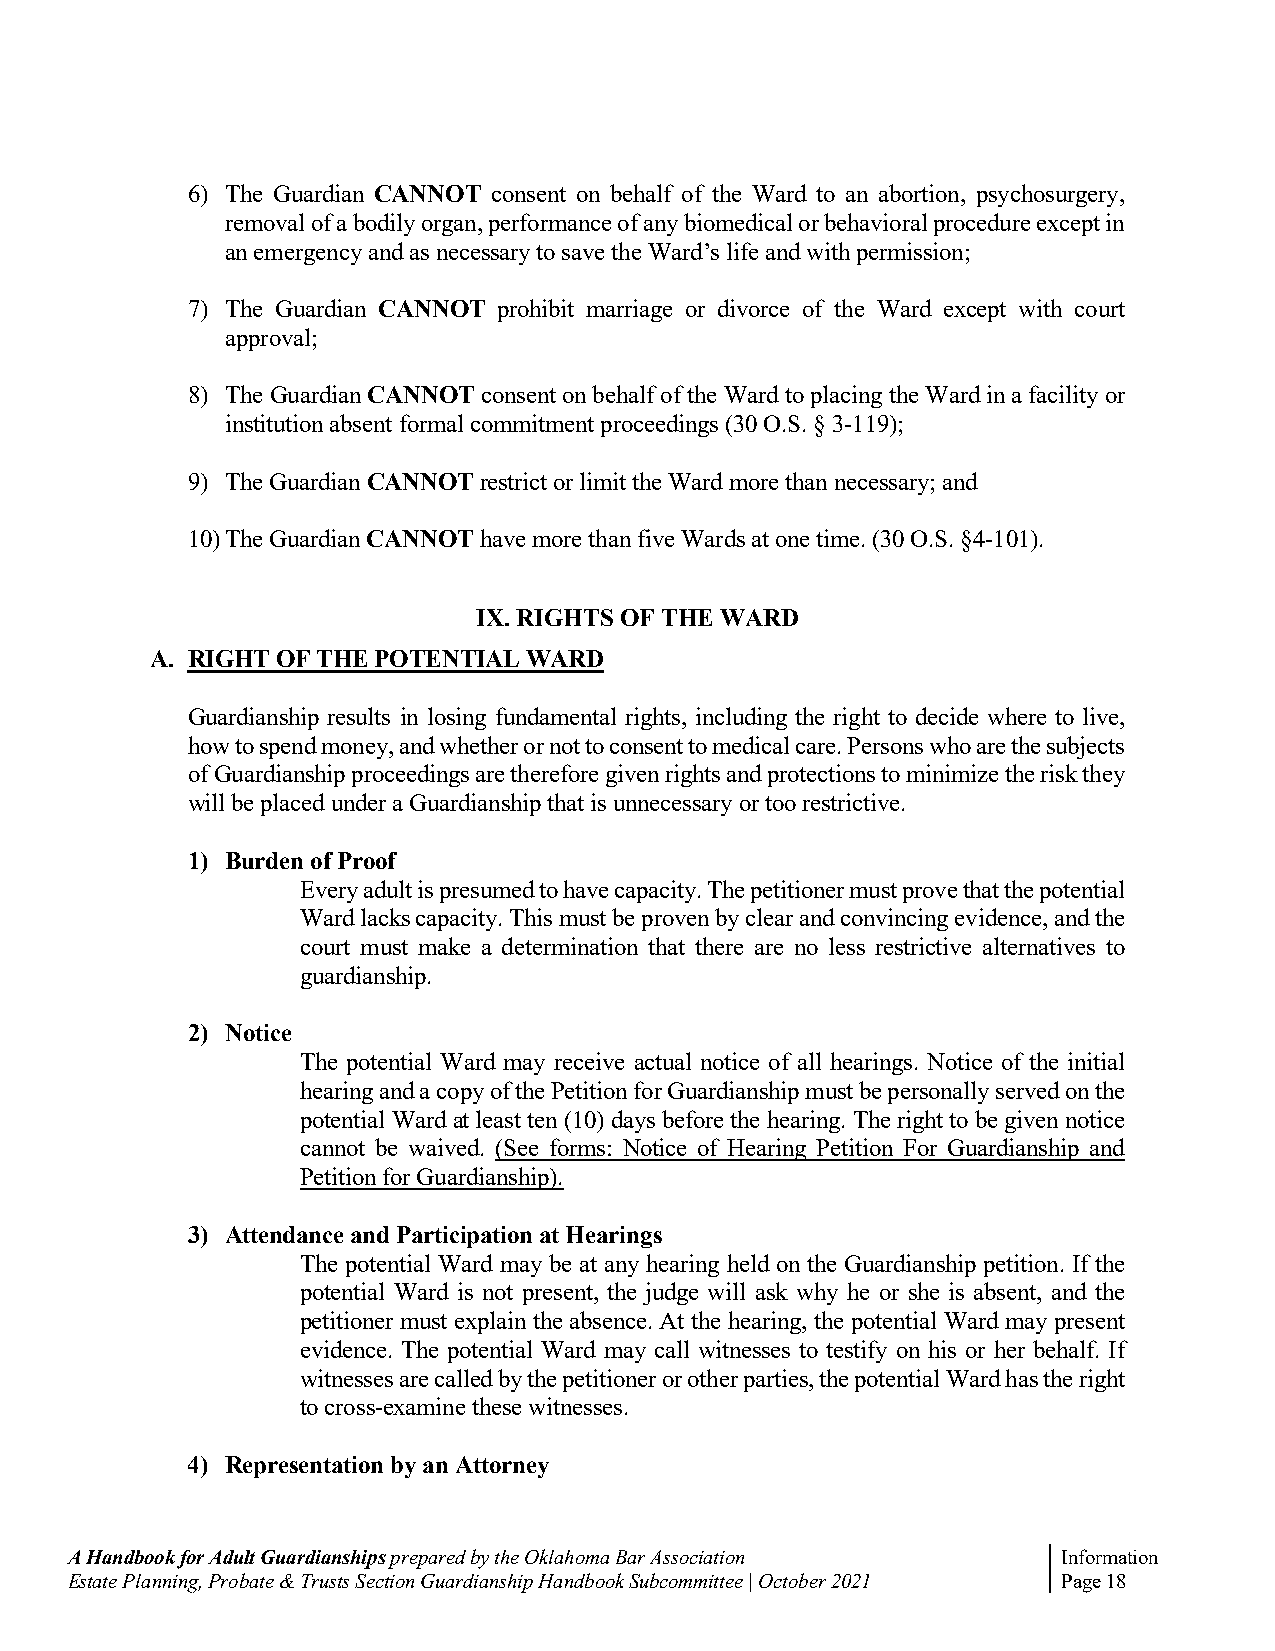
6) The Guardian CANNOT consent on behalf of the Ward to an abortion, psychosurgery,
 removal of a bodily organ, performance of any biomedical or behavioral procedure except in
 an emergency and as necessary to save the Ward’s life and with permission;
 7) The Guardian CANNOT prohibit marriage or divorce of the Ward except with court
 approval;
 8) The Guardian CANNOT consent on behalf of the Ward to placing the Ward in a facility or
 institution absent formal commitment proceedings (30 O.S. § 3-119);
 9) The Guardian CANNOT restrict or limit the Ward more than necessary; and
 10) The Guardian CANNOT have more than five Wards at one time. (30 O.S. §4-101).
 IX. RIGHTS OF THE WARD
 A. RIGHT OF THE POTENTIAL WARD
 Guardianship results in losing fundamental rights, including the right to decide where to live,
 how to spend money, and whether or not to consent to medical care. Persons who are the subjects
 of Guardianship proceedings are therefore given rights and protections to minimize the risk they
 will be placed under a Guardianship that is unnecessary or too restrictive.
 1) Burden of Proof
 Every adult is presumed to have capacity. The petitioner must prove that the potential
 Ward lacks capacity. This must be proven by clear and convincing evidence, and the
 court must make a determination that there are no less restrictive alternatives to
 guardianship.
 2) Notice
 The potential Ward may receive actual notice of all hearings. Notice of the initial
 hearing and a copy of the Petition for Guardianship must be personally served on the
 potential Ward at least ten (10) days before the hearing. The right to be given notice
 cannot be waived. (See forms: Notice of Hearing Petition For Guardianship and
 Petition for Guardianship).
 3) Attendance and Participation at Hearings
 The potential Ward may be at any hearing held on the Guardianship petition. If the
 potential Ward is not present, the judge will ask why he or she is absent, and the
 petitioner must explain the absence. At the hearing, the potential Ward may present
 evidence. The potential Ward may call witnesses to testify on his or her behalf. If
 witnesses are called by the petitioner or other parties, the potential Ward has the right
 to cross-examine these witnesses.
 4) Representation by an Attorney
 A Handbook for Adult Guardianships prepared by the Oklahoma Bar Association Information
 Estate Planning, Probate & Trusts Section Guardianship Handbook Subcommittee | October 2021 Page 18